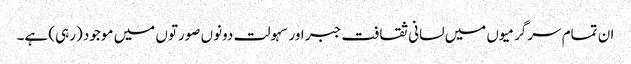
ان تمام سرگرمیوں میں لسانی ثقافت جبر اور سہولت دونوں صورتوں میں موجود (رہی) ہے۔